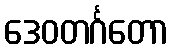
ဒေဝတင်္ဂတော